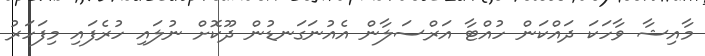
މާއިޝާ ވާހަކަ ދައްކަން ހުއްޓާ އަރްސަލާން އެއުނަގަނޑުން ދޫކޮށް ނުލައި ހުރެފައި މިފަހަރު